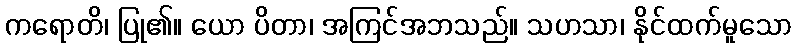
ကရောတိ၊ ပြု၏။ ယော ပိတာ၊ အကြင်အဘသည်။ သဟသာ၊ နိုင်ထက်မူသော